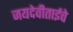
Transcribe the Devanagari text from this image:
जयदेवीताईचे